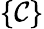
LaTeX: \{ \mathcal{C}\}